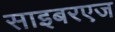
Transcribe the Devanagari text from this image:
साइबरएज